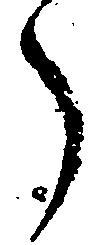
了